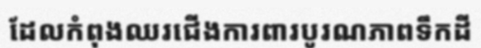
ដែលកំពុងឈរជើងការពារបូរណភាពទឹកដី